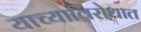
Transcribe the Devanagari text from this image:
याच्याविरोधात